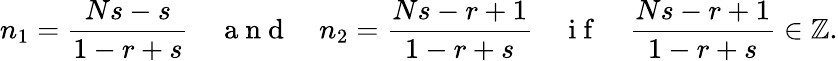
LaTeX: n_{1}=\frac{Ns-s}{1-r+s}\quad\mathrm{~a~n~d~}\quad n_{2}=\frac{Ns-r+1}{1-r+s}\quad\mathrm{~i~f~}\quad\frac{Ns-r+1}{1-r+s}\in\mathbb{Z}.